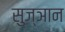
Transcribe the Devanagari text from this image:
सुज्ञान